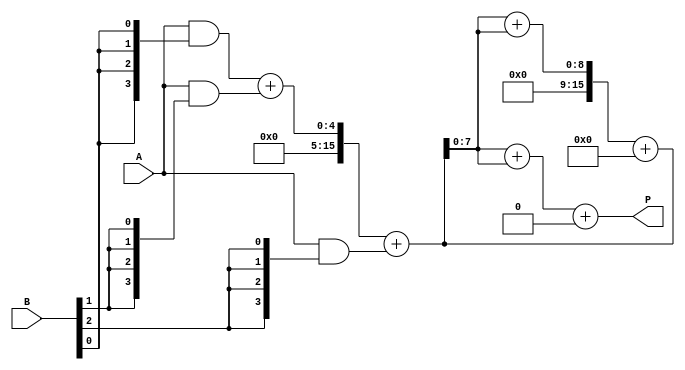
module dadda_multiplier #(parameter n = 4) (
    input  [n-1:0] A,
    input  [n-1:0] B,
    output reg [2*n-1:0] P
);

    // Partial Product Generation
    wire [n-1:0] pp [0:n-1]; // Partial products
    genvar i, j;
    generate
        for (i = 0; i < n; i = i + 1) begin : pp_gen
            assign pp[i] = A & {n{B[i]}}; // AND operation for partial products
        end
    endgenerate

    // Reduction Tree
    wire [n+n-1:0] sum [0:n-1]; // Sums of partial products
    wire [n+n-1:0] carry [0:n-1]; // Carries from adders
    wire [n-1:0] final_sum, final_carry;

    // Stage 1: Grouping into sets of three
    generate
        for (i = 0; i < n-1; i = i + 1) begin : stage1
            if (i % 3 == 0 && i + 2 < n) begin
                assign {carry[i/3], sum[i/3]} = pp[i] + pp[i+1] + pp[i+2];
            end else if (i % 3 == 0) begin
                assign sum[i/3] = pp[i];
                assign carry[i/3] = 0;
            end
        end
    endgenerate

    // Stage 2: Continue reducing
    generate
        for (i = 0; i < (n+2)/3; i = i + 1) begin : stage2
            if (i < (n+2)/3 - 1) begin
                assign {carry[i/2], sum[i/2]} = sum[i] + sum[i+1] + carry[i];
            end else begin
                assign sum[i/2] = sum[i];
                assign carry[i/2] = 0;
            end
        end
    endgenerate

    // Final Addition
    always @(*) begin
        P = 0; // Initialize product
        // Add the final two sums
        P = sum[0] + sum[1] + carry[0];
    end

endmodule